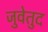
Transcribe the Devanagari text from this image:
जुवेतुद